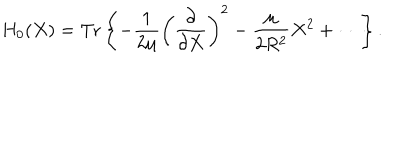
H _ { 0 } ( X ) = \mathrm { T r } \left\{ - \frac { 1 } { 2 \mu } \left( \frac { \partial } { \partial X } \right) ^ { 2 } - \frac { \mu } { 2 R ^ { 2 } } X ^ { 2 } + \cdots \right\} .